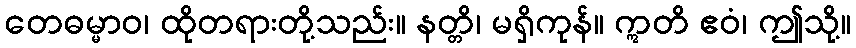
တေဓမ္မာဝ၊ ထိုတရားတို့သည်း။ နတ္တိ၊ မရှိကုန်။ ဣတိ ဧဝံ၊ ဤသို့။